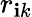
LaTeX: {r}_{\mathbf{i}k}